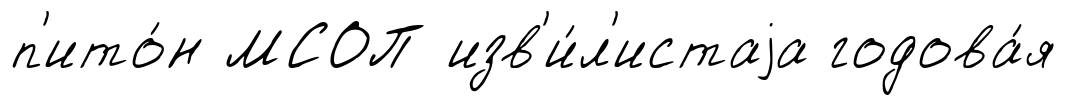
п'ито́н МСОП изв'и́л'истаjа годова́я